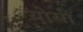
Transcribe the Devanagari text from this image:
योसी